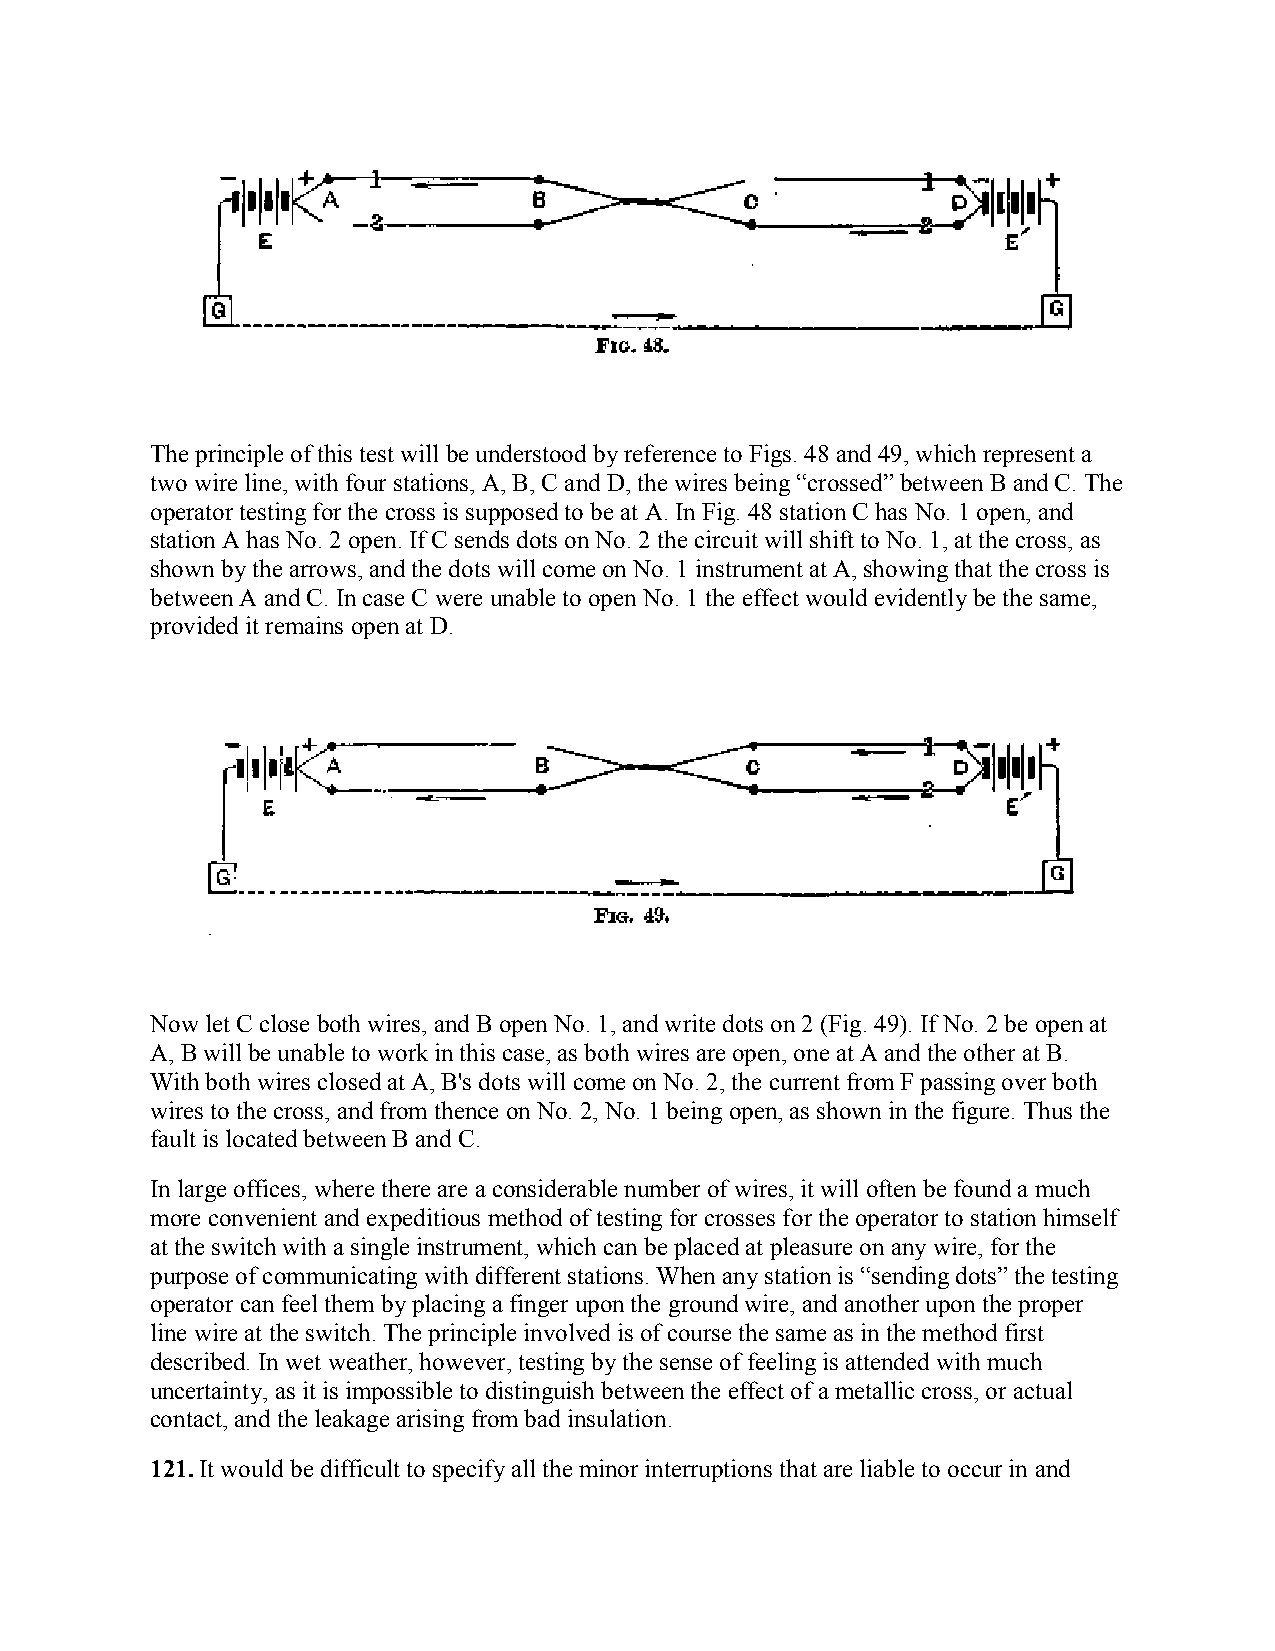
The principle of this test will be understood by reference to Figs. 48 and 49, which represent a
 two wire line, with four stations, A, B, C and D, the wires being “crossed” between B and C. The
 operator testing for the cross is supposed to be at A. In Fig. 48 station C has No. 1 open, and
 station A has No. 2 open. If C sends dots on No. 2 the circuit will shift to No. 1, at the cross, as
 shown by the arrows, and the dots will come on No. 1 instrument at A, showing that the cross is
 between A and C. In case C were unable to open No. 1 the effect would evidently be the same,
 provided it remains open at D.
 Now let C close both wires, and B open No. 1, and write dots on 2 (Fig. 49). If No. 2 be open at
 A, B will be unable to work in this case, as both wires are open, one at A and the other at B.
 With both wires closed at A, B's dots will come on No. 2, the current from F passing over both
 wires to the cross, and from thence on No. 2, No. 1 being open, as shown in the figure. Thus the
 fault is located between B and C.
 In large offices, where there are a considerable number of wires, it will often be found a much
 more convenient and expeditious method of testing for crosses for the operator to station himself
 at the switch with a single instrument, which can be placed at pleasure on any wire, for the
 purpose of communicating with different stations. When any station is “sending dots” the testing
 operator can feel them by placing a finger upon the ground wire, and another upon the proper
 line wire at the switch. The principle involved is of course the same as in the method first
 described. In wet weather, however, testing by the sense of feeling is attended with much
 uncertainty, as it is impossible to distinguish between the effect of a metallic cross, or actual
 contact, and the leakage arising from bad insulation.
 121. It would be difficult to specify all the minor interruptions that are liable to occur in and